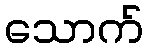
သောက်